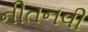
નીતનવી